Annual report on the working of the lock hospitals in the Central Provinces
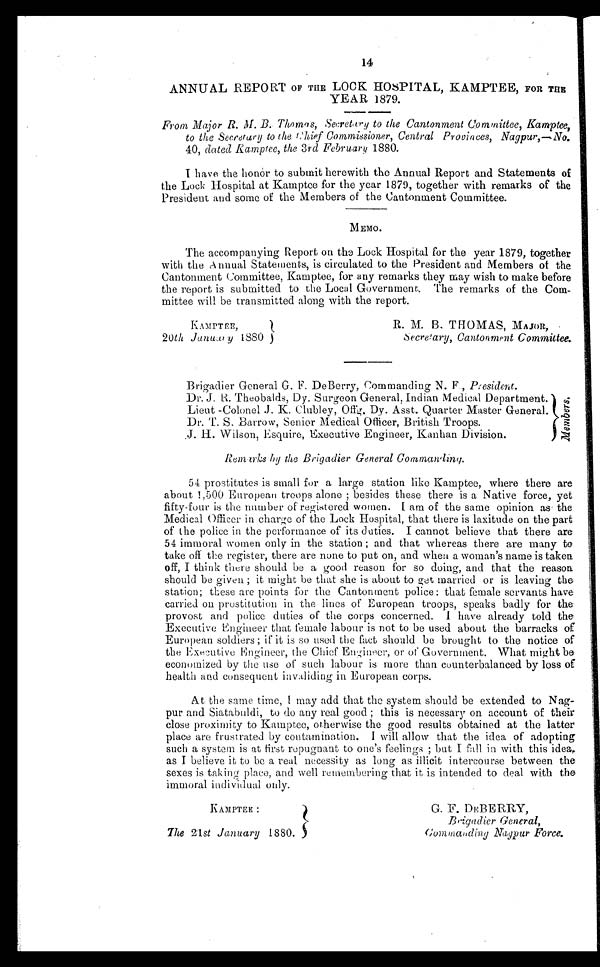
K AMPTEE,.
20thJanuary 1 3 8 0 }
R. M. B. THOMAS, MAJOR,
Secre!ary, Cantonment Committee.
14
ANNUAL REPORT OF THE LOCK HOSPITAL, KAMPTEE, FOR THE
YEAR 1879.
From Major R. m B.. Thomas,Secretary to the Cantonment Committee, Kamptee,
to the Secretary to the Chief Commissioner, Central Provinces, Nagpur,—No.
40, dated Kamptee, the 3 r d February 1880.
I have the honor to submit herewith the Annual Report and Statements of
the Lock Hospital at Kamptee for the year 1879, together with remarks of the
President and some of the Members of the Cantonment Committee.
MEMO.
The accompanying Report on the Lock Hospital for the year 1879, together
with the Annual Statements, is circulated to the President and Members of the
Cantonment Committee, Kamptee, for any remarks they may wish to make before
the report is submitted to the Local Government. The remarks of the Co
m m i t t e e w i l l b e t r a n s m i t t e d a l o n g w i t h t h e r e p o r t .
Brigadier General G. F. DeBerry, Commanding N. F, President.
Dr. J. R. Theobalds, Dy. Surgeon General, Indian Medical Department."
Lieut -Colonel J. K. Clubley, Offg. Dy. Asst. Quarter Master General.
Dr. F. S. Barrow, Senior Medical Officer, British Troops.
H. Wilson, Esquire, Executive Engineer, Kanhan Division.
Remarks by the Brigadier General Commanding.
54 prostitutes is small for a large station like Kamptee, where there are
about 1,500 European troops alone; besides these there is a Native force, yet.
fifty-four is the number of registered women. I am of the same opinion as the
Medical Officer in charge of the Lock Hospital, that there is laxitude on the part
of the police in the performance of its duties. I cannot believe that there are
54 immoral women only in the station;and that whereas there are many to
take off the register, there are none to put on, and when a woman's name is taken
off, I think there should be a good reason for so doing, and that the reason
should be given; it might be that she is about to get married or is leaving the
station;these are points for the Cantonment police: that female servants have
carried on prostitution in the lines of European troops, speaks badly for the
provost and police duties of the corps concerned. I have already told the
Executive Engineer that female labour is not to be used about the barracks of
European soldiers; if it is so used the fact should be brought to the notice of
the Executive Engineer, the Chief Engineer, or of Government. What be
economized by the use of such labour is more than counterbalanced by loss of
health and consequent invaliding in European corps.
At the same time, I may add that the system should be extended to Nag-
pur and Siatabuldi, to do any real good;this is necessary on account of their
close proximity to Kamptee, otherwise the good results obtained at the latter
place are frustrated by contamination. I will allow that the idea of adopting
such a system is at first repugnant to one's feelings; but I fall in with this idea,,
as I believe it to be a real necessity as long as illicit intercourse between the
sexes is taking place, and well remembering that it is intended to deal with the
immoral individual only.
S
r e
b m e M
KAMPTEE
The 21 st January 1880. }
G. F. DEBERRY,
Brigadier General,
Commanding Nagpur Force.